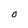
Character: 0